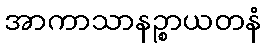
အာကာသာနဉ္စာယတနံ